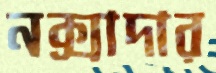
নক্সাদার